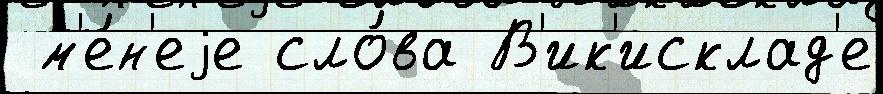
 м'е́н'еjе сло́ва В'ик'исклад'е